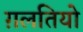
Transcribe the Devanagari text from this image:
ग़लतियो